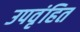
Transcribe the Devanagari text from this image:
उपवृंहित